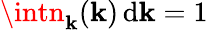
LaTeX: \intn_{\mathbf{k}}({\mathbf{\mathbf{k}}})\, \mathrm{{d}}{\mathbf{\mathbf{k}}}=1